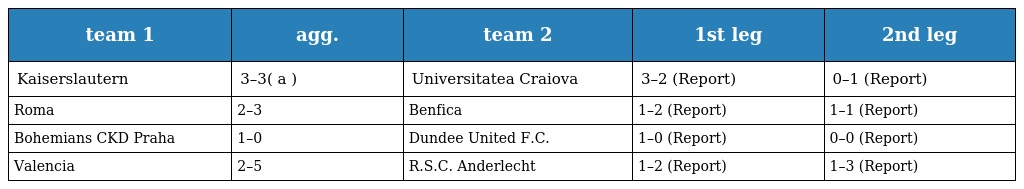
| team 1 | agg. | team 2 | 1st leg | 2nd leg |
 | --- | --- | --- | --- | --- |
 | Kaiserslautern | 3–3( a ) | Universitatea Craiova | 3–2 (Report) | 0–1 (Report) |
 | Roma | 2–3 | Benfica | 1–2 (Report) | 1–1 (Report) |
 | Bohemians CKD Praha | 1–0 | Dundee United F.C. | 1–0 (Report) | 0–0 (Report) |
 | Valencia | 2–5 | R.S.C. Anderlecht | 1–2 (Report) | 1–3 (Report) |